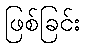
ဖြစ်ခြင်း